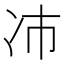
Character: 𫥀